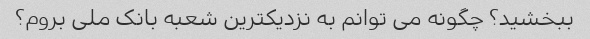
ببخشید؟ چگونه می توانم به نزدیکترین شعبه بانک ملی بروم؟